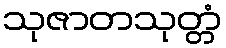
သုဇာတသုတ္တံ